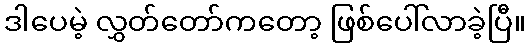
ဒါပေမဲ့ လွှတ်တော်ကတော့ ဖြစ်ပေါ်လာခဲ့ပြီ။